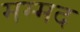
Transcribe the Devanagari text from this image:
मम्मद